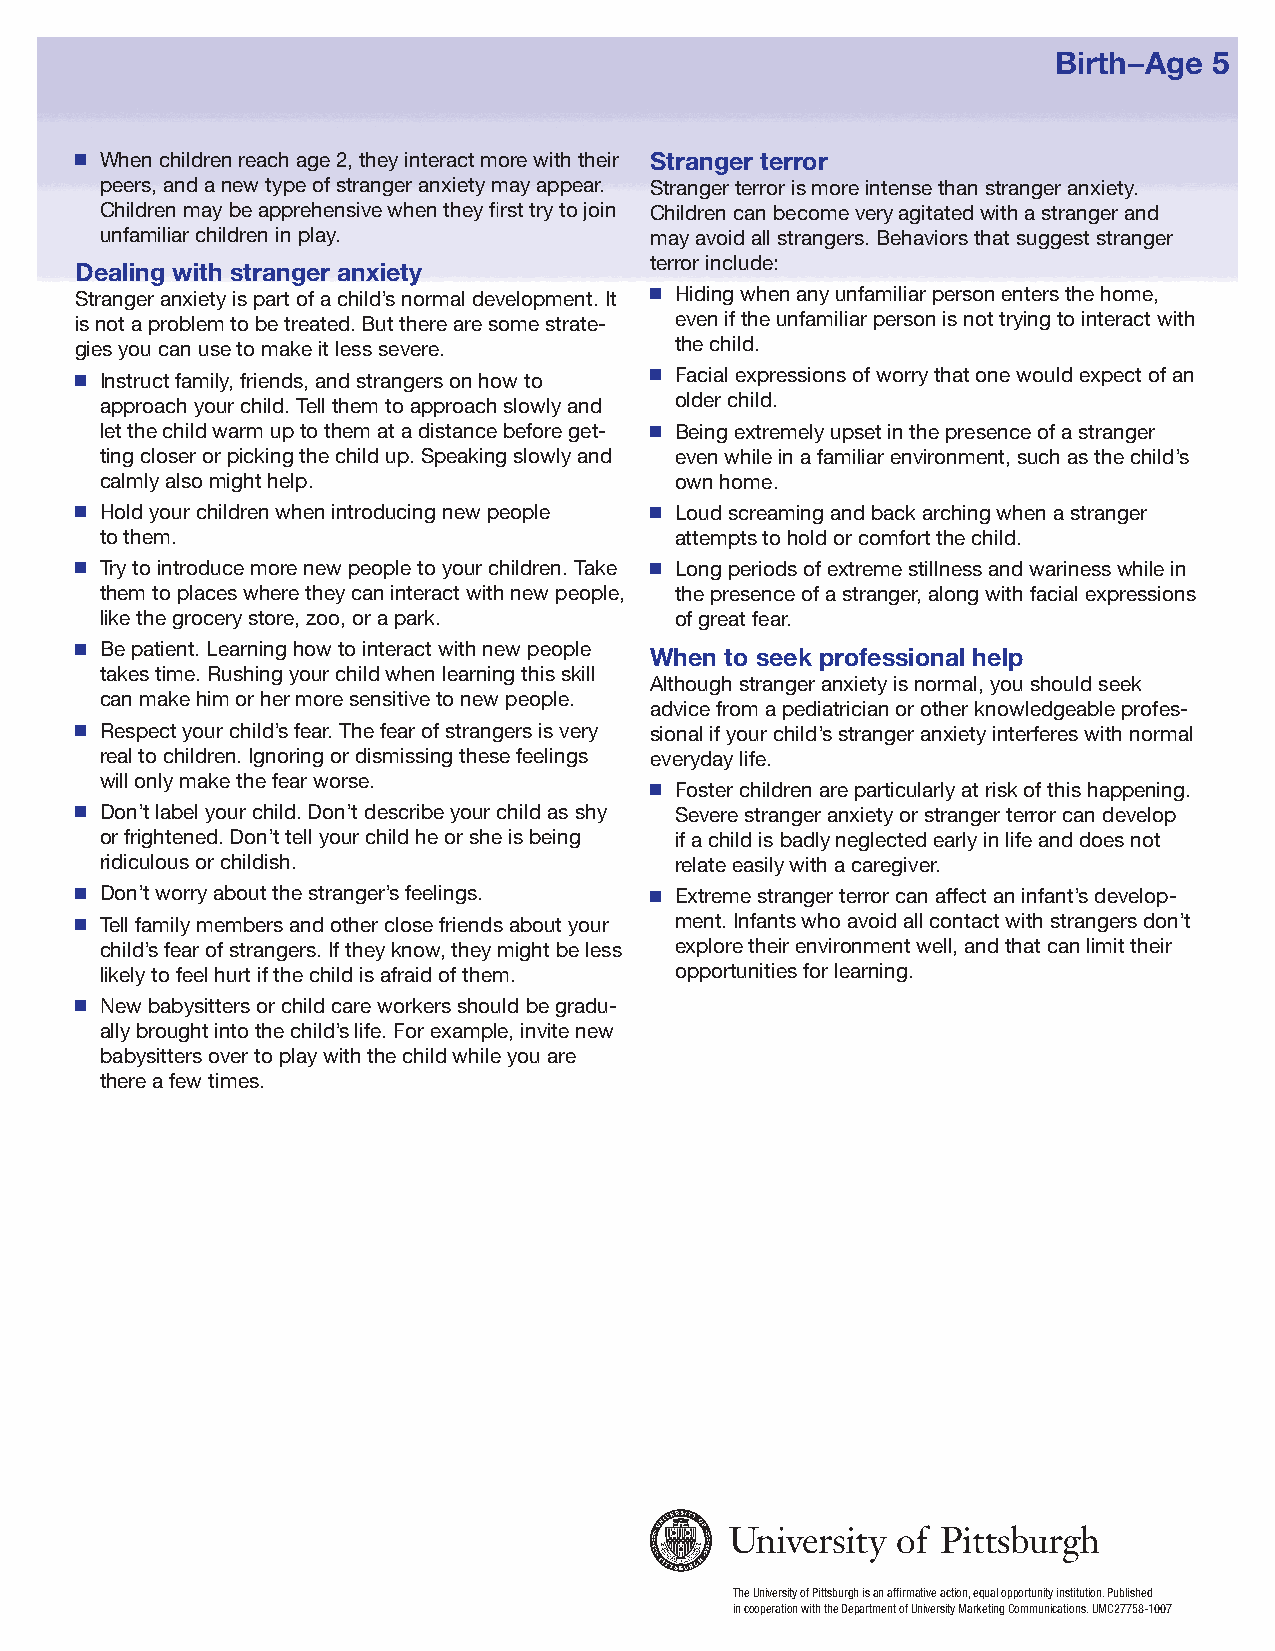
Birth – Age 5
 When children reach age 2, they interact more with their Stranger terror
 peers, and a new type of stranger anxiety may appear. Stranger terror is more intense than stranger anxiety.
 Children may be apprehensive when they first try to join Children can become very agitated with a stranger and
 unfamiliar children in play.        may avoid all strangers. Behaviors that suggest stranger
 terror include:
 Dealing with stranger anxiety
 Stranger anxiety is part of a child’s normal development. It Hiding when any unfamiliar person enters the home,
 is not a problem to be treated. But there are some strate- even if the unfamiliar person is not trying to interact with
 gies you can use to make it less severe. the child.
 Instruct family, friends, and strangers on how to Facial expressions of worry that one would expect of an
 approach your child. Tell them to approach slowly and older child.
 let the child warm up to them at a distance before get- Being extremely upset in the presence of a stranger
 ting closer or picking the child up. Speaking slowly and even while in a familiar environment, such as the child’s
 calmly also might help.               own home.
 Hold your children when introducing new people Loud screaming and back arching when a stranger
 to them.                              attempts to hold or comfort the child.
 Try to introduce more new people to your children. Take Long periods of extreme stillness and wariness while in
 them to places where they can interact with new people, the presence of a stranger, along with facial expressions
 like the grocery store, zoo, or a park. of great fear.
 Be patient. Learning how to interact with new people
 When to seek professional help
 takes time. Rushing your child when learning this skill
 Although stranger anxiety is normal, you should seek
 can make him or her more sensitive to new people.
 advice from a pediatrician or other knowledgeable profes-
 Respect your child’s fear. The fear of strangers is very sional if your child’s stranger anxiety interferes with normal
 real to children. Ignoring or dismissing these feelings everyday life.
 will only make the fear worse.
 Foster children are particularly at risk of this happening.
 Don’t label your child. Don’t describe your child as shy Severe stranger anxiety or stranger terror can develop
 or frightened. Don’t tell your child he or she is being if a child is badly neglected early in life and does not
 ridiculous or childish.               relate easily with a caregiver.
 Don’t worry about the stranger’s feelings. Extreme stranger terror can affect an infant’s develop-
 Tell family members and other close friends about your ment. Infants who avoid all contact with strangers don’t
 child’s fear of strangers. If they know, they might be less explore their environment well, and that can limit their
 likely to feel hurt if the child is afraid of them. opportunities for learning.
 New babysitters or child care workers should be gradu-
 ally brought into the child’s life. For example, invite new
 babysitters over to play with the child while you are
 there a few times.
 The University of Pittsburgh is an affirmative action, equal opportunity institution. Published
 in cooperation with the Department of University Marketing Communications. UMC27758-1007